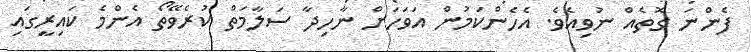
ފެންނަ ގޮތެއް ނުވިއެވެ. އެހެންކަމުން އަވަހަށް ނާހިދާ ސަލާމަތް ކުރެވޭތޯ އެންމެ ކައިރީގައި